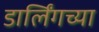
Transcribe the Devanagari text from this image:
डार्लिंगच्या